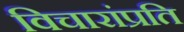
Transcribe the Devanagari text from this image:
विचारांप्रति